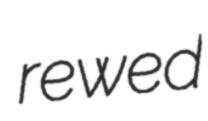
rewed